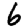
Digit: 6